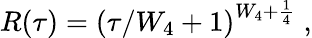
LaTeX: R(\tau)=\left(\tau/W_{4}+1\right)^{W_{4}+\frac{1}{4}}\; ,